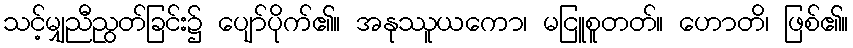
သင့်မျှညီညွတ်ခြင်း၌ ပျော်ပိုက်၏။ အနုဿူယကော၊ မငြူစူတတ်။ ဟောတိ၊ ဖြစ်၏။